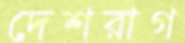
দেশরাগ